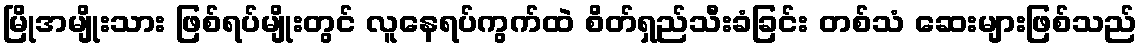
မြိုအမျိုးသား ဖြစ်ရပ်မျိုးတွင် လူနေရပ်ကွက်ထဲ စိတ်ရှည်သီးခံခြင်း တစ်သံ ဆေးများဖြစ်သည်